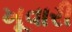
ખૂવારી